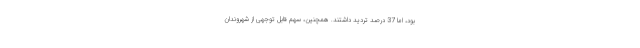
بود، اما 37 درصد تردید داشتند. همچنین، سهم قابل توجهی از شهروندان